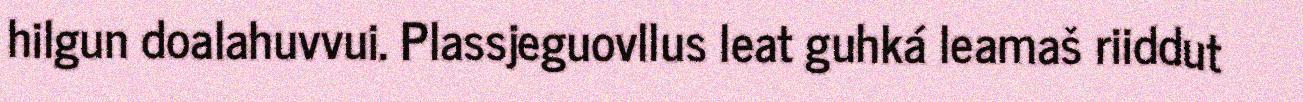
hilgun doalahuvvui. Plassjeguovllus leat guhká leamaš riiddut